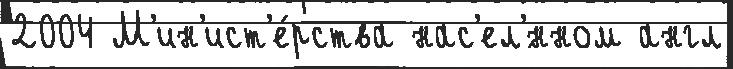
2004 М'ин'ист'е́рства нас'ел'́нном англ